Summary of work carried on by Mr Hankin - Part III
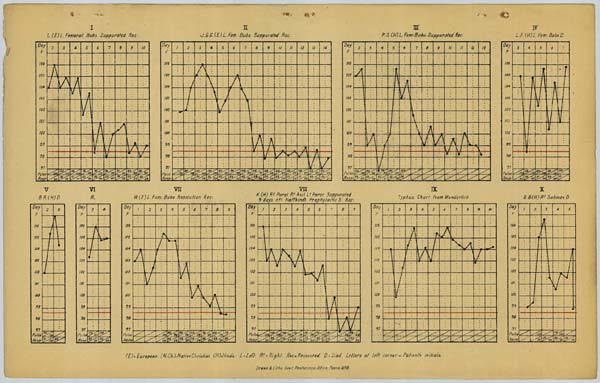
I
L (E) L. Femoral Bubo. Suppurated Rec.
II
J.G.G.(E) L.Fem: Bubo. Suppurated Rec.
III
P.S.(H) L. Fem: Bubo. Suppurated Rec.
IV
L.A (H) L. Fem: Bubo.D
V
B R. (H) D
VI
R.
VII
W (E) L. Fem. Bubo. Resolution Rec.
VIII
K (H) Rt Parot Rt Axil Lt Parot Suppurated
9 days aft Haffkines Prophylactic S. Rec.
IX
Typhus Chart from Wunderlich
X
B.B (H) Rt Submax D
(E) = European. (N.Ch.) = Native Christian (H)=Hindu L=Left Rt=Right. Rec = Recovered. D = Died. Letters at left corner = Patient's initials.
Drawn & Litho: Govt. Photozinco Office, Poona 1898.